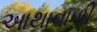
આથાવાળી